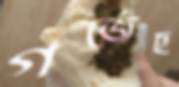
গর্‌জেছ